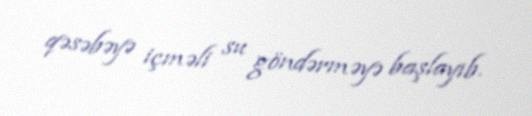
qəsəbəyə içməli su göndərməyə başlayıb.